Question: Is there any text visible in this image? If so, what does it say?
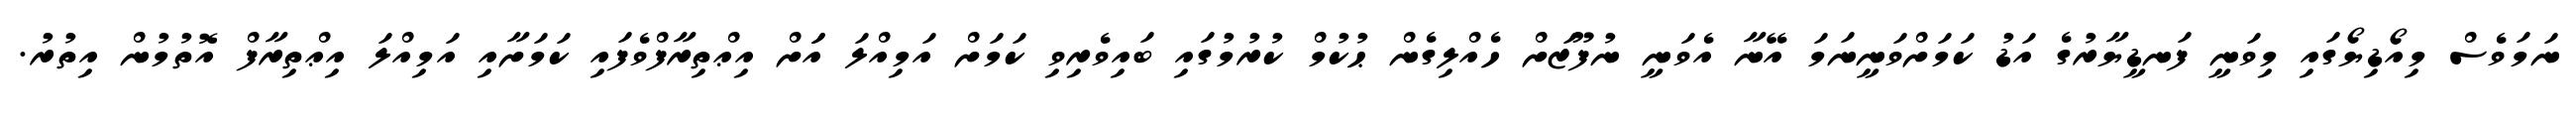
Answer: ނަމަވެސް މިއޯޑިޔޯގައި މިވަނީ ފަނޑީޔާރުގެ އަޑު ކަމަށްވަނީނަމަ އޭނާ އެވަނީ ނުފޫޒަށް ހެއްލިގެން ޙުކުމް ކުރުމުގައި ބައިވެރިވި ކަމަށް އަމިއްލަ އަަށް އިޢްތިރާފްވެފައި ކަމަށާއި އަމިއްލަ އިޢްތިރާފް އޮތުމުން އިތުރު.